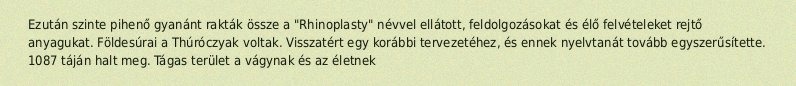
Ezután szinte pihenő gyanánt rakták össze a "Rhinoplasty" névvel ellátott, feldolgozásokat és élő felvételeket rejtő anyagukat. Földesúrai a Thúróczyak voltak. Visszatért egy korábbi tervezetéhez, és ennek nyelvtanát tovább egyszerűsítette. 1087 táján halt meg. Tágas terület a vágynak és az életnek